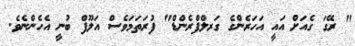
" ރޭގަ ގެއަށް އައީ އަހަރެންގެ ގަރލްފްރެންޑް" ފުރަތަމަވެސް އަލޫފް ބުނީ އެހެންނެވެ.